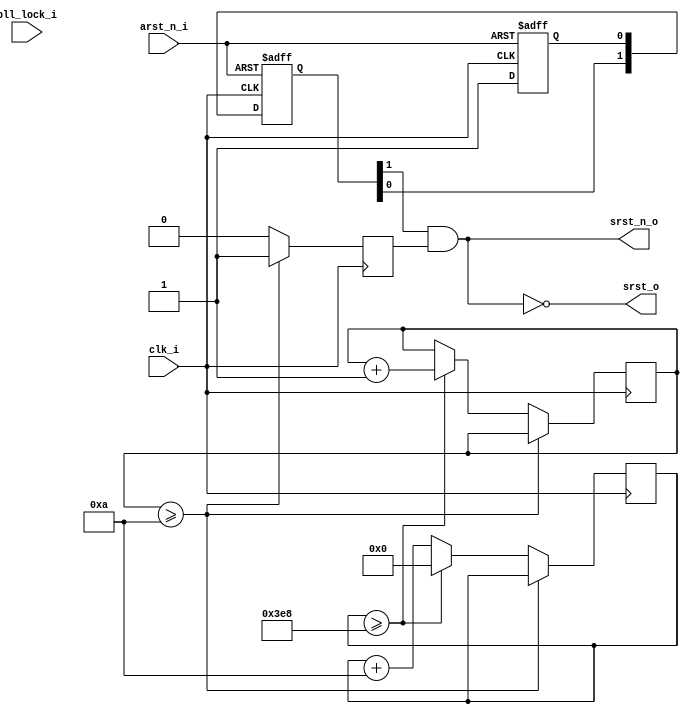
//created by zhouhang 20151120
//Reset controller module
//~

// altera message_off 10230
module Reset_Controller(
	clk_i,
	arst_n_i,
	pll_lock_i,

	srst_n_o,
	srst_o
);
parameter COUNT_UNIT_NS = 20'd10;	/*ns*/
parameter SETUP_US = 10;				/**/

input wire clk_i;
input wire arst_n_i;						/**/

input wire pll_lock_i;
output wire srst_n_o;					/**/
output wire srst_o;						/**/

reg [31:0] cnt_us;
reg [19:0] cnt_ns;
reg setup_rst;
wire sync_reset_source;
reg flag_reset;
reg [1:0] delay_flag_reset;

assign sync_reset_source = delay_flag_reset[1] & setup_rst;	/**/
assign srst_n_o = (sync_reset_source);
assign srst_o = ~(sync_reset_source);
always@(posedge clk_i,negedge arst_n_i)
	begin
	if(!arst_n_i)
		begin
		flag_reset <= 1'b0;
		delay_flag_reset <= 2'd0;
		end
	else
		begin
		flag_reset <= 1'b1;
		delay_flag_reset <= {delay_flag_reset[0],flag_reset};	/**/
		end
	end

//synthesis translate_off
/*just for simulation*/
/*0,*/
initial
	begin
	cnt_ns = 0;
	cnt_us = 0;
	end

//synthesis translate_on

	
always@(posedge clk_i)
	begin
	if(cnt_us >= SETUP_US)			/**/
		begin
		setup_rst <= 1'b1;
		end
	else
		begin
		setup_rst <= 1'b0;
		if(cnt_ns >= 20'd1000)		/*ns -> us */
			begin
			cnt_ns <= 20'd0;
			cnt_us <= cnt_us + 32'd1;
			end
		else
			begin
			cnt_ns <= cnt_ns + COUNT_UNIT_NS;
			end
		end
	end

endmodule